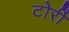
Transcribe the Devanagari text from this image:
टोर्री